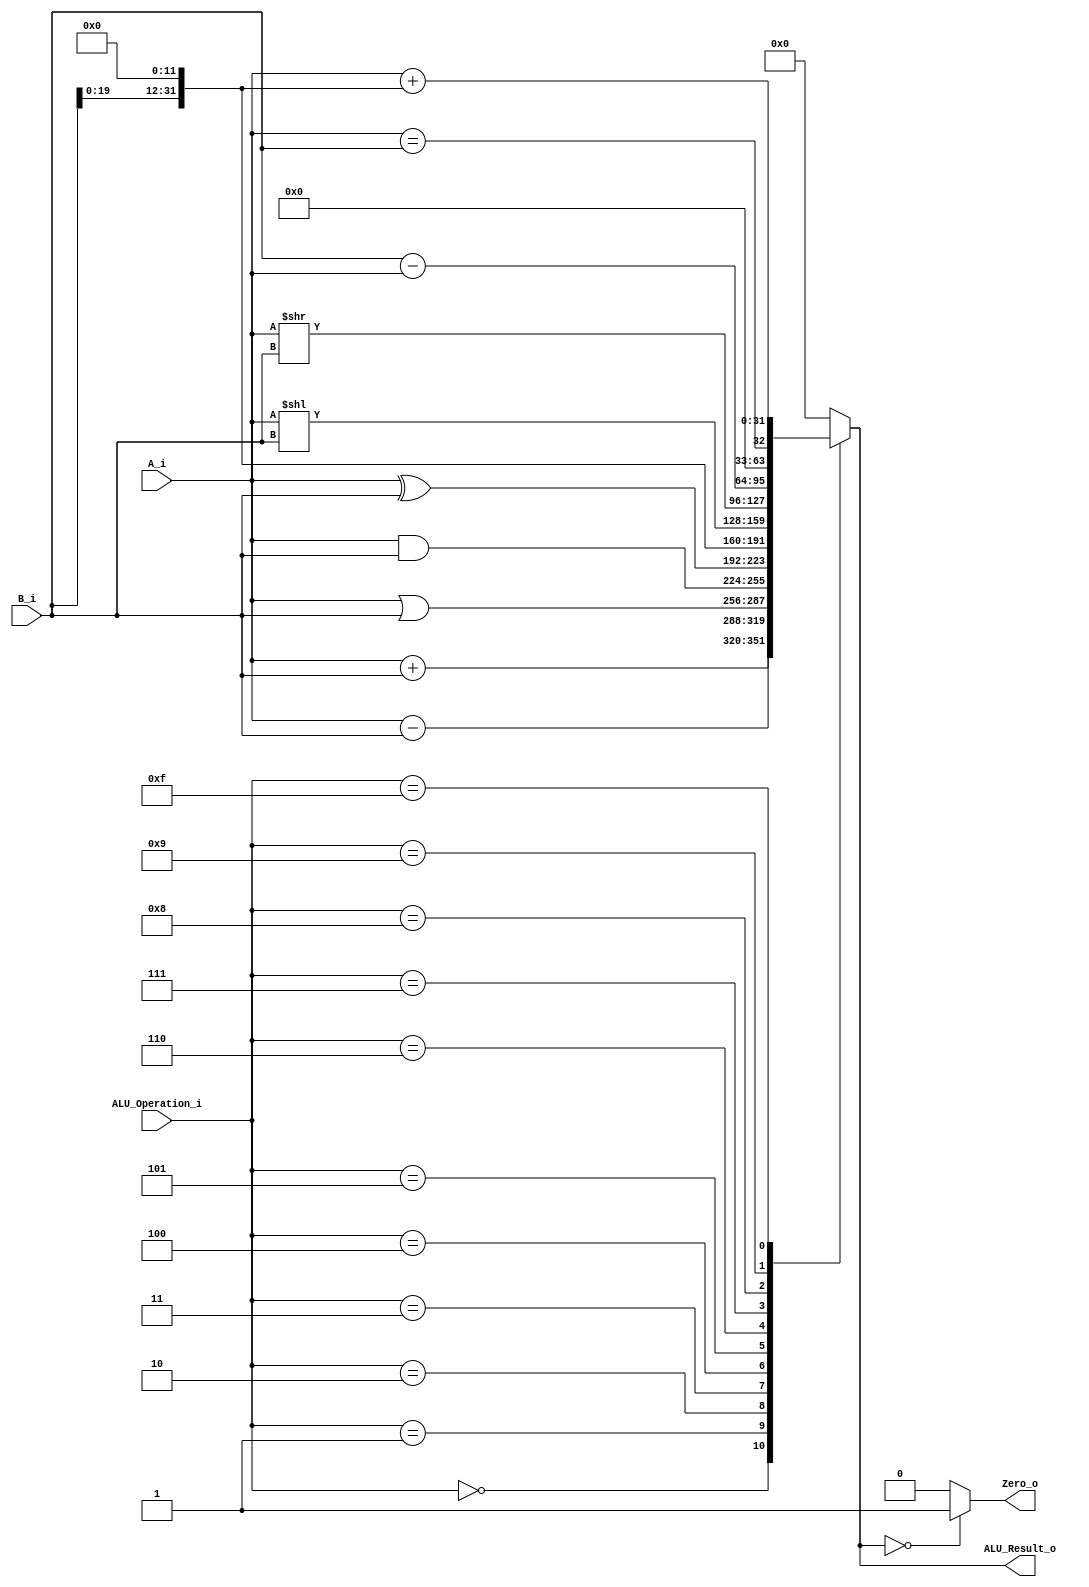
/******************************************************************
* Description
*	This is an 32-bit arithetic logic unit that can execute the next set of operations:
*		add

* This ALU is written by using behavioral description.
* Version:
*	1.0
* Author:
*	Dr. Jos Luis Pizano Escalante
* email:
*	luispizano@iteso.mx
* Date:
*	16/08/2021
******************************************************************/

module ALU 
(
	input [3:0] ALU_Operation_i,
	input signed [31:0] A_i,
	input signed [31:0] B_i,
	output reg Zero_o,
	output reg [31:0] ALU_Result_o
);

localparam ADD = 4'b00_00;	//0 para ADD

localparam SUB = 4'b00_01; //1 para SUB

localparam OR = 4'b00_10; //2 para OR

localparam AND = 4'b00_11; //3 para AND

localparam XOR = 4'b01_00; //4 para XOR

localparam LUI = 4'b01_01; //5 para LUI

localparam SLL = 4'b01_10; //6 para SLL

localparam SRL = 4'b01_11; //7 para SRL

localparam BEQ = 4'b10_00; //8 para BEQ

localparam BNE = 4'b10_01; //9 para BNE

localparam AUIPC = 4'b11_11; //AUIPC

//localparam JAL = 4'b10_10; //10 para JAL


   always @ (A_i or B_i or ALU_Operation_i)
     begin
		case (ALU_Operation_i)
		ADD: 
			ALU_Result_o = A_i + B_i;
		SUB:
			ALU_Result_o = A_i - B_i;
		OR:
			ALU_Result_o = A_i | B_i;
		AND:
			ALU_Result_o = A_i & B_i;
		XOR:
			ALU_Result_o = A_i ^ B_i;
		LUI:
			ALU_Result_o = B_i << 12;
		SLL:
			ALU_Result_o = A_i << B_i;
		SRL:
			ALU_Result_o = A_i >> B_i;
		BEQ:
			ALU_Result_o = B_i - A_i;
		BNE:
			ALU_Result_o = (A_i == B_i);
		AUIPC:
			ALU_Result_o = A_i + (B_i << 12);
		//JAL:
			//ALU_Result_o = 0;
		default:
			ALU_Result_o = 0;
		endcase // case(control)
		
		Zero_o = (ALU_Result_o == 0) ? 1'b1 : 1'b0;
		
     end // always @ (A or B or control)
endmodule // ALU